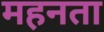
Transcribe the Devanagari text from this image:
महनता